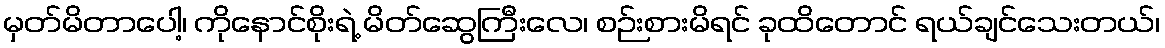
မှတ်မိတာပေါ့၊ ကိုနောင်စိုးရဲ့ မိတ်ဆွေကြီးလေ၊ စဉ်းစားမိရင် ခုထိတောင် ရယ်ချင်သေးတယ်၊